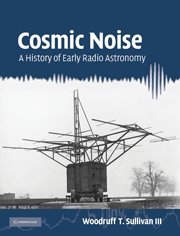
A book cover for Cosmic Noise: A History of Early Radio Astronomy; Woodruff T. Sullivan  III; Science & Math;